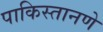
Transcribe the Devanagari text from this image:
पाकिस्तानणे